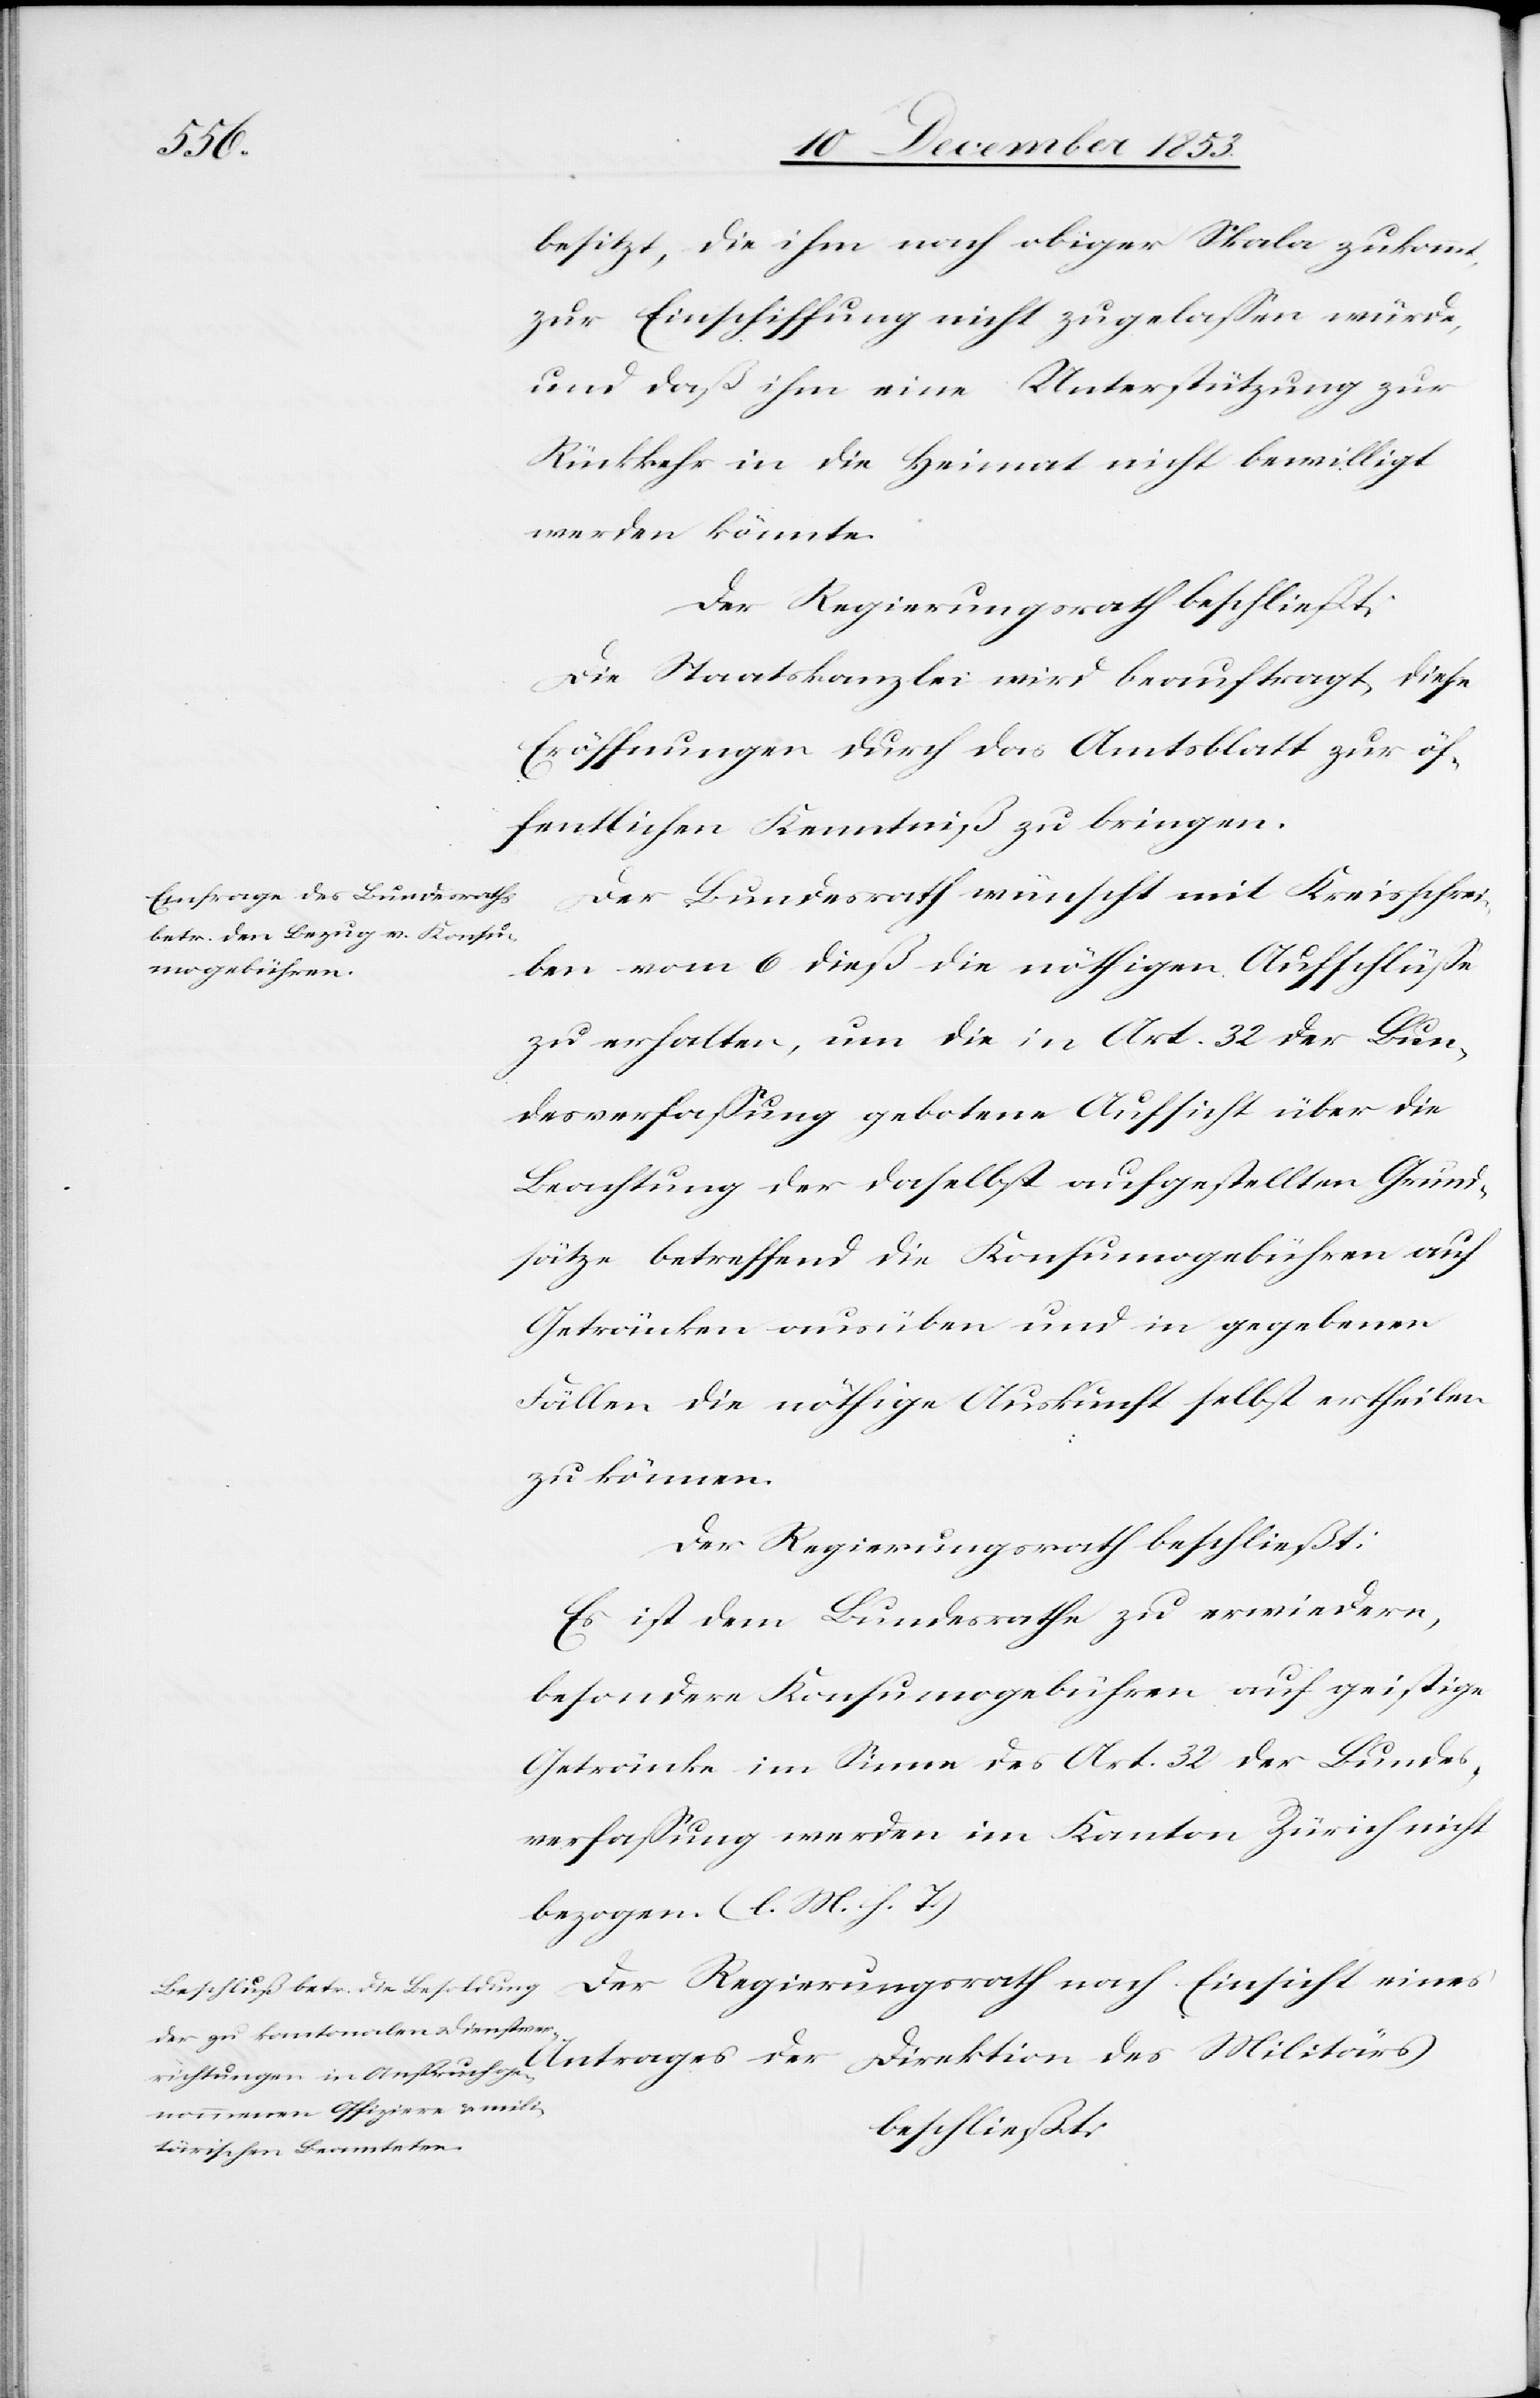
besitzt, die ihm nach obiger Skala zukommt,
zur Einschiffung nicht zugelaßen würde,
und daß ihm eine Unterstützung zur
Rückkehr in die Heimat nicht bewilligt
werden könnte.
Der Regierungsrath beschließt:
Die Staatskanzlei wird beauftragt, diese
Eröffnungen durch das Amtsblatt zur öf¬
fentlichen Kenntniß zu bringen.
Der Bundesrath wünscht mit Kreisschrei¬
ben vom 6 dieß die nöthigen Aufschlüße
zu erhalten, um die in Art. 32 der Bun¬
desverfaßung gebotene Aufsicht über die
Berathung der daselbst aufgestellten Grund¬
sätze betreffend die Konsumgebühren auf
Getränken ausüben und in gegebenen
Fällen die nöthige Auskunft selbst ertheilen
zu können.
Der Regierungsrath beschließt:
Es ist dem Bundesrathe zu erwiedern,
besondere Konsumgebühren auf geistige
Getränke im Sinne des Art. 32 der Bundes¬
verfaßung werden im Kanton Zürich nicht
bezogen. [l. M. h. T]
beschließt: